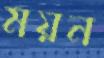
ময়ন